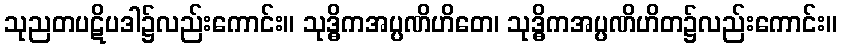
သုညတပဋိပဒါ၌လည်းကောင်း။ သုဒ္ဓိကအပ္ပဏိဟိတေ၊ သုဒ္ဓိကအပ္ပဏိဟိတ၌လည်းကောင်း။